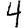
Digit: 4